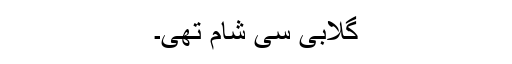
گلابی سی شام تھی۔